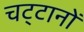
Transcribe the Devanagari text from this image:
चट्‌टानों